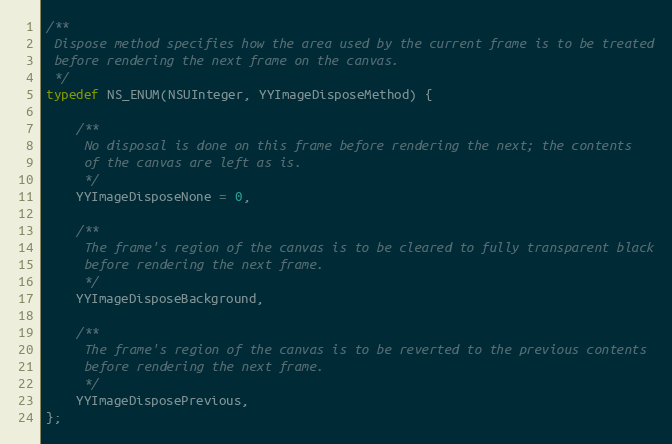
Language: C
/**
 Dispose method specifies how the area used by the current frame is to be treated
 before rendering the next frame on the canvas.
 */
typedef NS_ENUM(NSUInteger, YYImageDisposeMethod) {

    /**
     No disposal is done on this frame before rendering the next; the contents
     of the canvas are left as is.
     */
    YYImageDisposeNone = 0,

    /**
     The frame's region of the canvas is to be cleared to fully transparent black
     before rendering the next frame.
     */
    YYImageDisposeBackground,

    /**
     The frame's region of the canvas is to be reverted to the previous contents
     before rendering the next frame.
     */
    YYImageDisposePrevious,
};